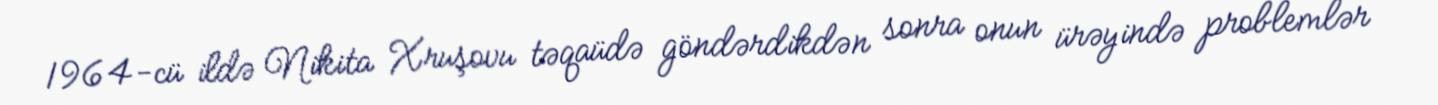
1964-cü ildə Nikita Xruşovu təqaüdə göndərdikdən sonra onun ürəyində problemlər